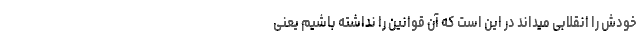
خودش را انقلابی میداند در این است که آن قوانین را نداشته باشیم یعنی